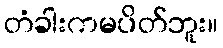
တံခါးကမပိတ်ဘူး။